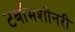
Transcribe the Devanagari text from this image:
टर्बोमशीनरी